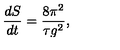
\frac { d S } { d t } = \frac { 8 \pi ^ { 2 } } { \tau g ^ { 2 } } ,